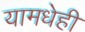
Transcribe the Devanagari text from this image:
यामधेही